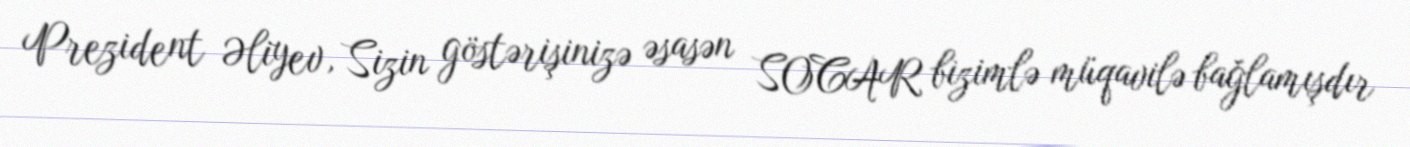
Prezident Əliyev, Sizin göstərişinizə əsasən SOCAR bizimlə müqavilə bağlamışdır